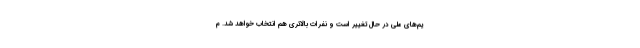
یم‌های ملی در حال تغییر است و نفرات بالاتری هم انتخاب خواهد شد. م